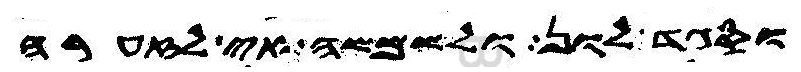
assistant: וסגד לון ולשמשה אי לזערה